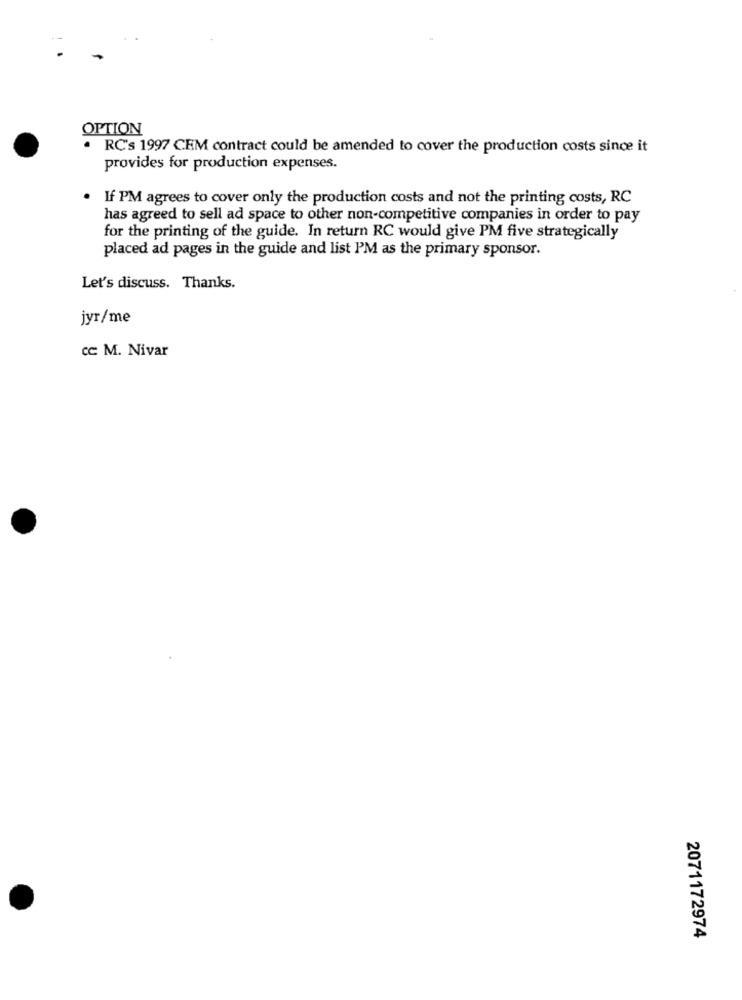
OPTION
. RC's 1997 CEM contract could be amended to cover the production costs since it
provides for production expenses.
If PM agrees to cover only the production costs and not the printing costs, RC
has agreed to sell ad space to other non-competitive companies in order to pay
for the printing of the guide. In return RC would give PM five strategically
placed ad pages in the guide and list PM as the primary sponsor.
Let's discuss. Thanks.
jyr/me
cc M. Nivar
2071172974